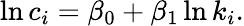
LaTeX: \ln c_{i}=\beta_{0}+\beta_{1}\ln k_{i}.